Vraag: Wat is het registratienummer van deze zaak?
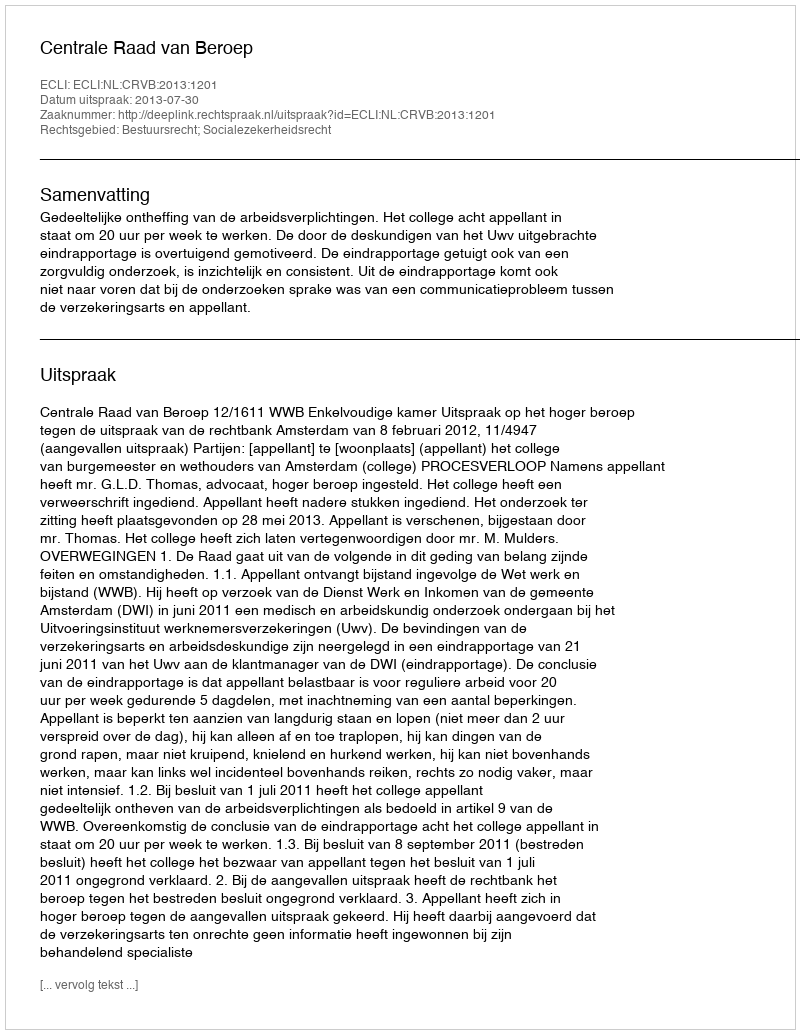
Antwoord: http://deeplink.rechtspraak.nl/uitspraak?id=ECLI:NL:CRVB:2013:1201